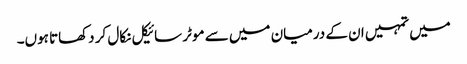
میں تمہیں ان کے درمیان میں سے موٹر سائیکل نکال کر دکھاتا ہوں۔